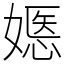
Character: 嫕